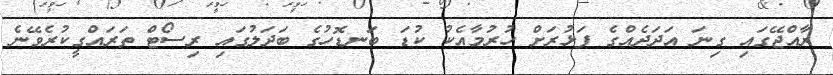
ރާއްޖޭގައި ގިނަ އަދަދެއްގެ ފަޅުރަށް ހުރުމާއެކު ކުޑަ ބަނޑޮހުގެ ބަދަލުގައި ރިސޯޓް ތަރައްގީކުރެވޭނެ